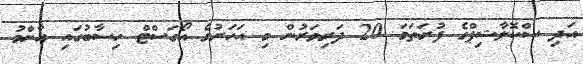
އަދި ސްކޮލާޝިޕްގެ ފުރަތަމަ 20 ދަރިވަރުން މި އަހަރުގެ އޯގަސްޓް ހިސާބުގައި އާންމު